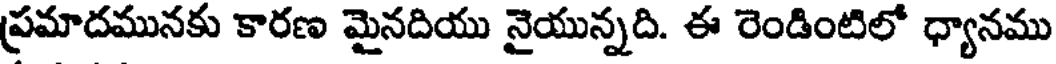
ప్రమాదమునకు కారణ మైనదియు నైయున్నది. ఈ రెండింటిలో ధ్యానము